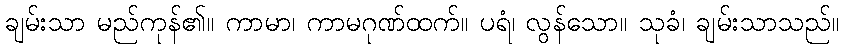
ချမ်းသာ မည်ကုန်၏။ ကာမာ၊ ကာမဂုဏ်ထက်။ ပရံ၊ လွန်သော။ သုခံ၊ ချမ်းသာသည်။